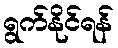
ရွက်နိုင်ရန်